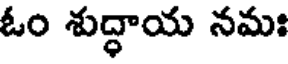
ఓం శుద్ధాయ నమః